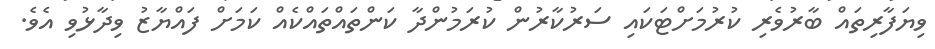
ވިޔަފާރިތައް ބާރުވެރި ކުރުމަށްޓަކައި ސަރުކާރުން ކުރަމުންދާ ކަންތައްތައްކެއް ކަމަށް ފައްޔާޒު ވިދާޅުވި އެވެ.